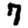
Digit: 7